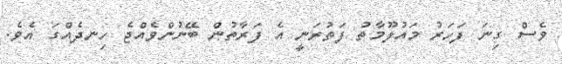
ވެސް ގިނަ ފަހަރު މައުލޫމާތު ފަތުރަނީ އެ ފަރާތުން ބޭނުންވެއްޖެ ހިނދެއްގަ އެވެ.